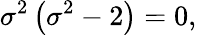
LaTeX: \sigma^{2}\left(\sigma^{2}-2\right)=0,